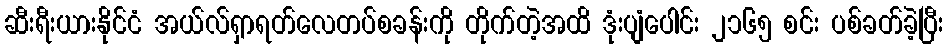
ဆီးရီးယားနိုင်ငံ အယ်လ်ရှာရတ်လေတပ်စခန်းကို တိုက်တဲ့အထိ ဒုံးပျံပေါင်း ၂၁၆၅ စင်း ပစ်ခတ်ခဲ့ပြီး